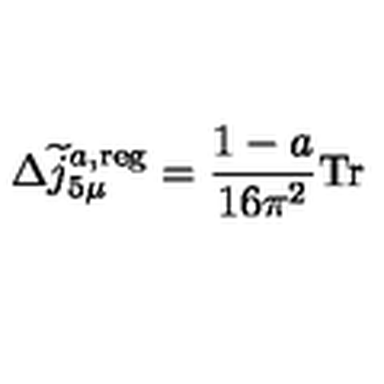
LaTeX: \Delta \widetilde { j } _ { 5 \mu } ^ { a , \mathrm { r e g } } = \frac { 1 - a } { 1 6 \pi ^ { 2 } } \mathrm { T r }